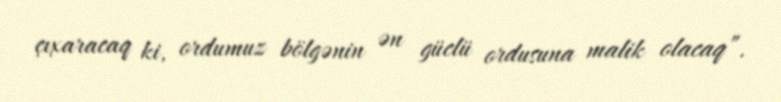
çıxaracaq ki, ordumuz bölgənin ən güclü ordusuna malik olacaq”.